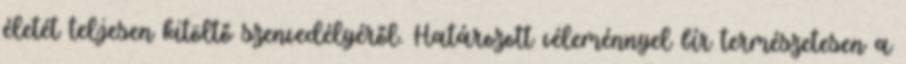
életét teljesen kitöltő szenvedélyéről. Határozott véleménnyel bír természetesen a